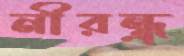
নীরন্ধ্র